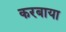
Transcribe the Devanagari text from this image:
करबाया